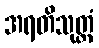
အရတိသုတ္တံ